Account of plague administration in the Bombay Presidency from September 1896 till May 1897
Year: 1896
Disease focus: Plague
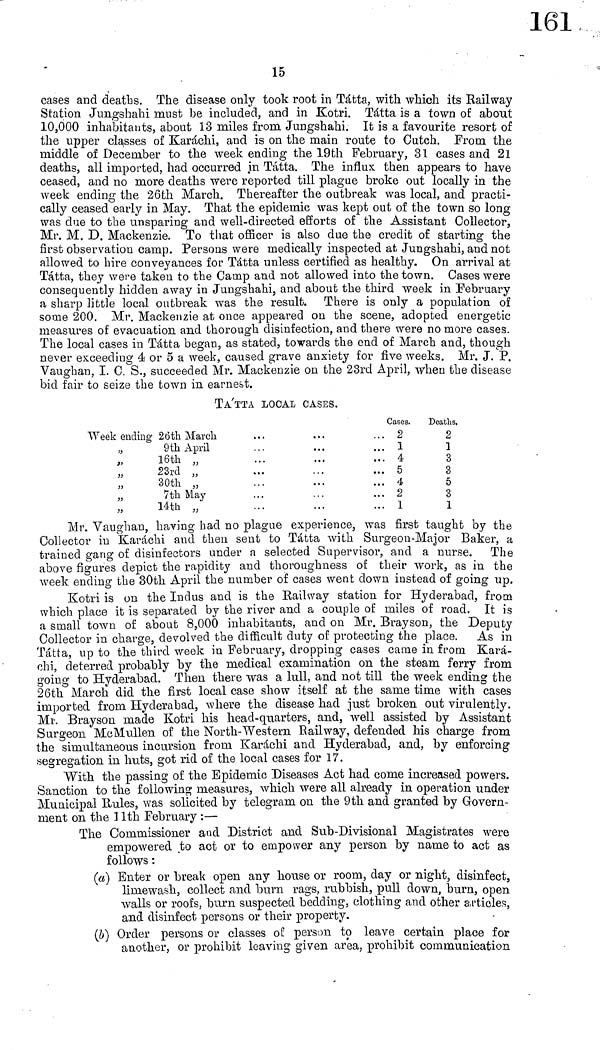
15
cases and deaths. The disease only took root in Tátta, with which its Railway
Station Jungshahi must be included, and in Kotri. Tátta is a town of about
10,000 inhabitants, about 13 miles from Jungshahi. It is a favourite resort of
the upper classes of Karachi, and is on the main route to Cutch. From the
middle of December to the week ending the 19th February, 31 cases and 21
deaths, all imported, had occurred in Tátta. The influx then appears to have
ceased, and no more deaths were reported till plague broke out locally in the
week ending the 26th March. Thereafter the outbreak was local, and practi-
cally ceased early in May. That the epidemic was kept out of the town so long
was due to the unsparing and well-directed efforts of the Assistant Collector,
Mr. M. D. Mackenzie. To that officer is also due the credit of starting the
first observation camp. Persons were medically inspected at Jungshahi, and not
allowed to hire conveyances for Tátta unless certified as healthy. On arrival at
Tátta, they were taken to the Camp and not allowed into the town. Cases were
consequently hidden away in Jungshahi, and about the third week in February
a sharp little local outbreak was the result. There is only a population of
some 200. Mr. Mackenzie at once appeared on the scene, adopted energetic
measures of evacuation and thorough disinfection, and there were no more cases.
The local cases in Tátta began, as stated, towards the end of March and, though
never exceeding 4 or 5 a week, caused grave anxiety for five weeks. Mr. J. P.
Vaughan, I. C. S., succeeded Mr. Mackenzie on the 23rd April, when the disease
bid fair to seize the town in earnest.
TA'TTA LOCAL CASES.
Week ending 26th March
" 9th April
" 16th "
" 23rd "
" 30th "
" 7th May
" 14th "
Cases.
2
1
4
5
4
2
1
Deaths.
2
1
3
3
δ
3
1
Mr. Vaughan, having had no plague experience, was first taught by the
Collector in Karachi and then sent to Tátta with Surgeon-Major Baker, a
trained gang of disinfectors under a selected Supervisor, and a nurse. The
above figures depict the rapidity and thoroughness of their work, as in the
week ending the 30th April the number of cases went clown instead of going up.
Kotri is on the Indus and is the Railway station for Hyderabad, from
which place it is separated by the river and a couple of miles of road. It is
a small town of about 8,000 inhabitants, and on Mr. Brayson, the Deputy
Collector in charge, devolved the difficult duty of protecting the place. As in
Tátta, up to the third week in February, dropping cases came in from Kara-
chi, deterred probably by the medical examination on the steam ferry from
going to Hyderabad. Then there was a lull, and not till the week ending the
26th March did the first local case show itself at the same time with cases
imported from Hyderabad, where the disease had just broken out virulently.
Mr. Brayson made Kotri his head-quarters, and, well assisted by Assistant
Surgeon McMullen of the North-Western Railway, defended his charge from
the simultaneous incursion from Karachi and Hyderabad, and, by enforcing
segregation in huts, got rid of the local cases for 17.
"With the passing of the Epidemic Diseases Act had come increased powers.
Sanction to the following measures, which were all already in operation under
Municipal Rules, was solicited by telegram on the 9th and granted by Govern-
ment on the 11th February :—
The Commissioner and District and Sub-Divisional Magistrates were
empowered to act or to empower any person by name to act as
follows :
(a) Enter or break open any house or room, day or night, disinfect,
limewash, collect and burn rags, rubbish, pull clown, burn, open
walls or roofs, burn suspected bedding, clothing and other articles,
and disinfect persons or their property.
(b) Order persons or classes of person to leave certain place for
another, or prohibit leaving given area, prohibit communication